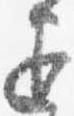
退